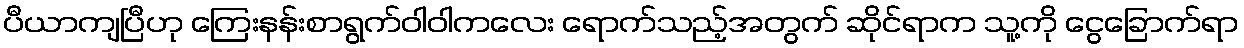
ပီယာကျပြီဟု ကြေးနန်းစာရွက်ဝါဝါကလေး ရောက်သည့်အတွက် ဆိုင်ရာက သူ့ကို ငွေခြောက်ရာ